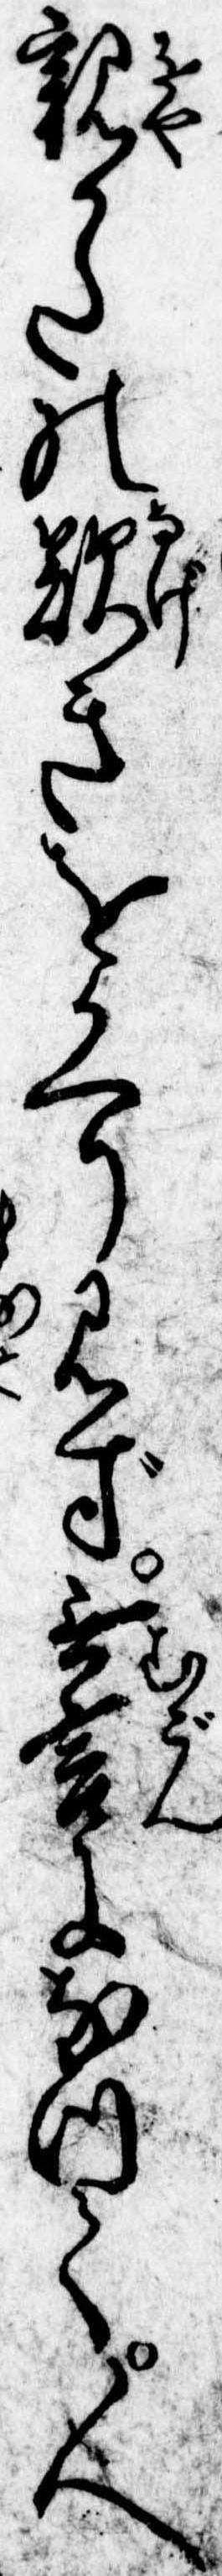
親かたの歎きをかへり見ず無言になつて人